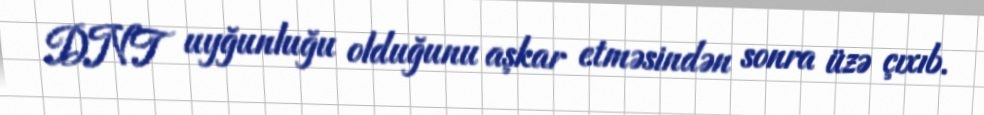
DNT uyğunluğu olduğunu aşkar etməsindən sonra üzə çıxıb.